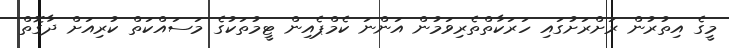
މީގެ އިތުރުން ރަށްރަށުގައި ހަރަކާތްތެރިވަމުން އަންނަ ކެމްޕެއިން ޓީމުތަކުގެ މަސައްކަތް ކުރިއަށް ދާގޮތް